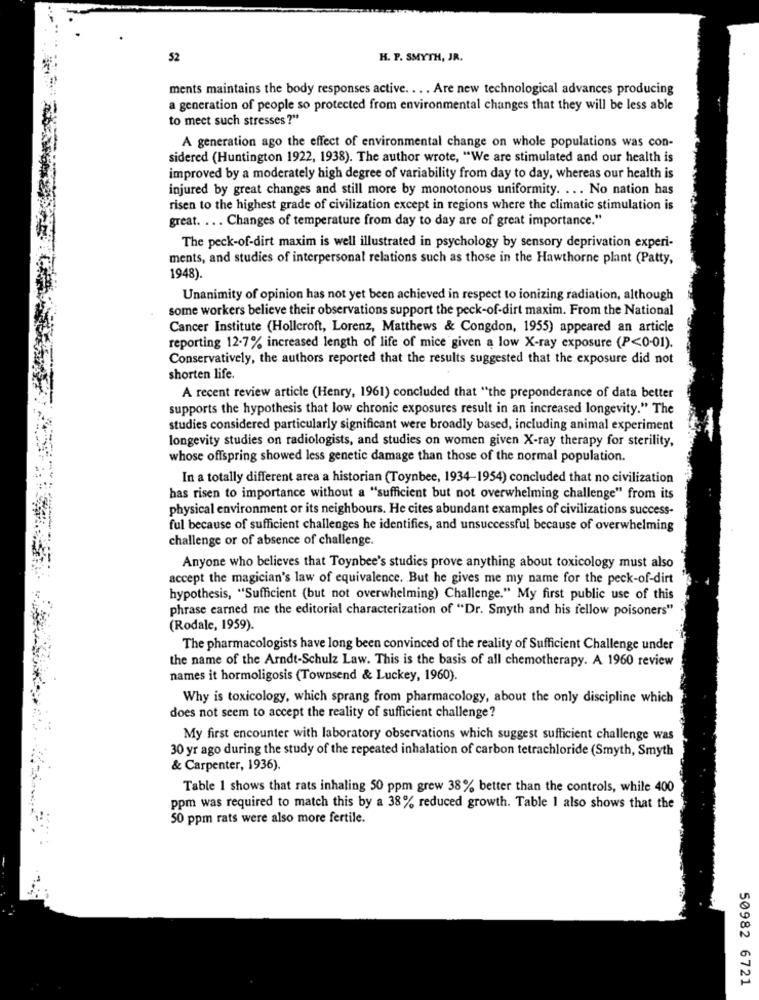
52
H. P. SMYTH, JR.
ments maintains the body responses active. .. . Are new technological advances producing
a generation of people so protected from environmental changes that they will be less able
to meet such stresses ?"
A generation ago the effect of environmental change on whole populations was con-
sidered (Huntington 1922, 1938). The author wrote, "We are stimulated and our health is
improved by a moderately high degree of variability from day to day, whereas our health is
injured by great changes and still more by monotonous uniformity. ... No nation has
risen to the highest grade of civilization except in regions where the climatic stimulation is
great. ... Changes of temperature from day to day are of great importance."
The peck-of-dirt maxim is well illustrated in psychology by sensory deprivation experi-
ments, and studies of interpersonal relations such as those in the Hawthorne plant (Patty,
1948).
Unanimity of opinion has not yet been achieved in respect to ionizing radiation, although
some workers believe their observations support the peck-of-dirt maxim. From the National
Cancer Institute (Hollcroft, Lorenz, Matthews & Congdon, 1955) appeared an article
reporting 12-7% increased length of life of mice given a low X-ray exposure (P<0-01).
Conservatively, the authors reported that the results suggested that the exposure did not
shorten life.
A recent review article (Henry, 1961) concluded that "the preponderance of data better
supports the hypothesis that low chronic exposures result in an increased longevity." The
studies considered particularly significant were broadly based, including animal experiment
longevity studies on radiologists, and studies on women given X-ray therapy for sterility,
whose offspring showed less genetic damage than those of the normal population.
In a totally different area a historian (Toynbee, 1934-1954) concluded that no civilization
has risen to importance without a "sufficient but not overwhelming challenge" from its
physical environment or its neighbours. He cites abundant examples of civilizations success-
ful because of sufficient challenges he identifies, and unsuccessful because of overwhelming
challenge or of absence of challenge.
Anyone who believes that Toynbee's studies prove anything about toxicology must also
accept the magician's law of equivalence. But he gives me my name for the peck-of-dirt
hypothesis, "Sufficient (but not overwhelming) Challenge." My first public use of this
phrase earned me the editorial characterization of "Dr. Smyth and his fellow poisoners"
(Rodale, 1959).
The pharmacologists have long been convinced of the reality of Sufficient Challenge under
the name of the Arndt-Schulz Law. This is the basis of all chemotherapy. A 1960 review
names it hormoligosis (Townsend & Luckey, 1960).
Why is toxicology, which sprang from pharmacology, about the only discipline which
does not seem to accept the reality of sufficient challenge?
My first encounter with laboratory observations which suggest sufficient challenge was
30 yr ago during the study of the repeated inhalation of carbon tetrachloride (Smyth, Smyth
& Carpenter, 1936).
Table 1 shows that rats inhaling 50 ppm grew 38% better than the controls, while 400
ppm was required to match this by a 38% reduced growth. Table I also shows that the
50 ppm rats were also more fertile.
50982 6721